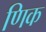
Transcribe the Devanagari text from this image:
णिक